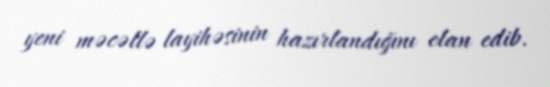
yeni məcəllə layihəsinin hazırlandığını elan edib.